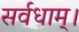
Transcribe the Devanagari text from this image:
सर्वधाम्‌।